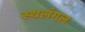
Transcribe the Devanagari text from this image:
स्थलंगल